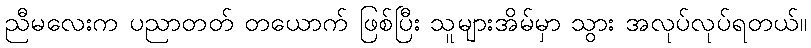
ညီမလေးက ပညာတတ် တယောက် ဖြစ်ပြီး သူများအိမ်မှာ သွား အလုပ်လုပ်ရတယ်။